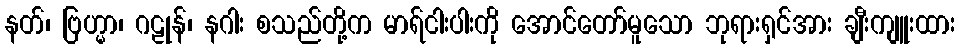
နတ်၊ ဗြဟ္မာ၊ ဂဠုန်၊ နဂါး စသည်တို့က မာရ်ငါးပါးကို အောင်တော်မူသော ဘုရားရှင်အား ချီးကျူးထား